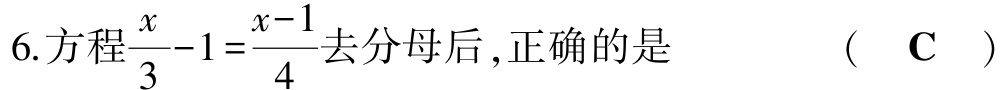
6.方程$\frac{x}{3}-1=\frac{x - 1}{4}$去分母后 ,正确的是  （  C  ）